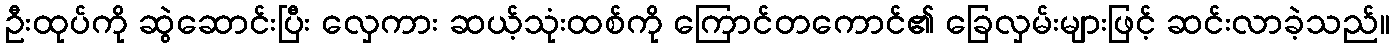
ဦးထုပ်ကို ဆွဲဆောင်းပြီး လှေကား ဆယ့်သုံးထစ်ကို ကြောင်တကောင်၏ ခြေလှမ်းများဖြင့် ဆင်းလာခဲ့သည်။